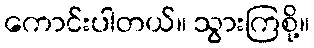
ကောင်းပါတယ်။ သွားကြစို့။